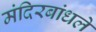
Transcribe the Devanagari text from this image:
मंदिरबांधले